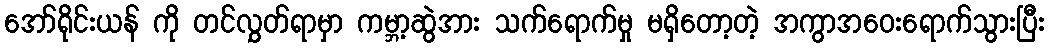
အော်ရိုင်းယန် ကို တင်လွှတ်ရာမှာ ကမ္ဘာ့ဆွဲအား သက်ရောက်မှု မရှိတော့တဲ့ အကွာအဝေးရောက်သွားပြီး